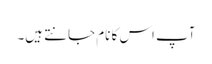
آپ اس کا نام جانتے ہیں۔